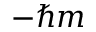
- \hbar m